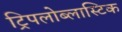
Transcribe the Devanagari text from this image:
ट्रिपलोब्लास्टिक